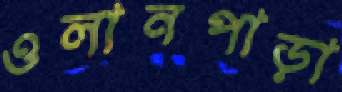
ওলানপাড়া